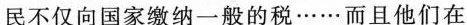
民不仅向国家缴纳一般的税……而且他们在